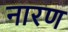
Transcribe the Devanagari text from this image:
नारण